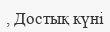
, Достық күні